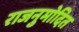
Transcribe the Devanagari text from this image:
राजनुमोदित